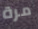
مرة